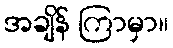
အချိန် ကြာမှာ။